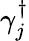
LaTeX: \gamma_{j}^{\dagger}